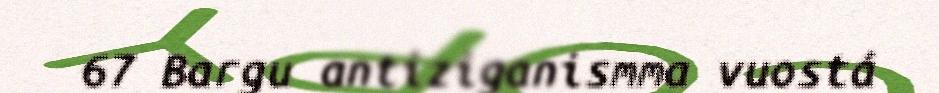
67 Bargu antiziganismma vuostá